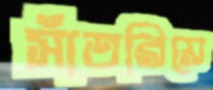
সাঁতরিয়ে